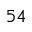
^ { 5 4 }